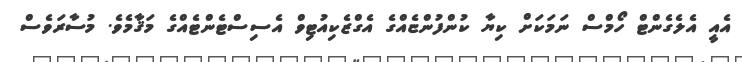
އެއީ އެލެގެންޓް ހޯމްސް ނަމަކަށް ކިޔާ ކުންފުންޏެއްގެ އެގްޒެކިއުޓިވް އެސިސްޓެންޓެއްގެ މަޤާމެވެ. މުސާރަވެސް